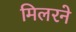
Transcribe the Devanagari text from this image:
मिलरने